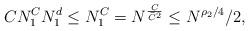
LaTeX: \begin{align*}CN_1^{C}N_1^d\leq N_1^{C}=N^{\frac{C}{\widetilde C^2}}\leq N^{\rho_2/4}/2,\end{align*}